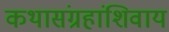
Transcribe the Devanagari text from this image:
कथासंग्रहांशिवाय